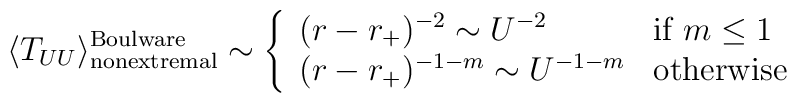
\langle T_{UU} \rangle_{\rm nonextremal}^{\rm Boulware}\sim \left\{\begin{array}{ll} (r-r_+)^{-2} \sim U^{-2}&\mbox{if $m\le 1$} \\                  (r-r_+)^{-1-m} \sim U^{-1-m}&\mbox{otherwise} \end{array}\right.